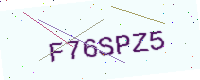
Text: F76SPZ5